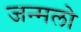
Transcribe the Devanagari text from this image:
जन्मलो